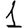
Digit: 1